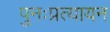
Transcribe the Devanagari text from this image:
पुनःप्रत्यायन